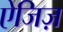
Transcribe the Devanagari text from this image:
ऐजिज़